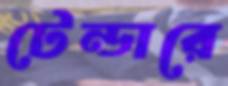
টেন্ডারে